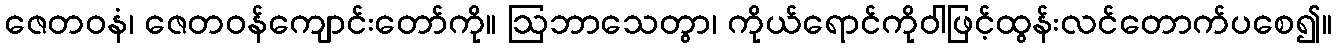
ဇေတဝနံ၊ ဇေတဝန်ကျောင်းတော်ကို။ ဩဘာသေတွာ၊ ကိုယ်ရောင်ကိုဝါဖြင့်ထွန်းလင်တောက်ပစေ၍။